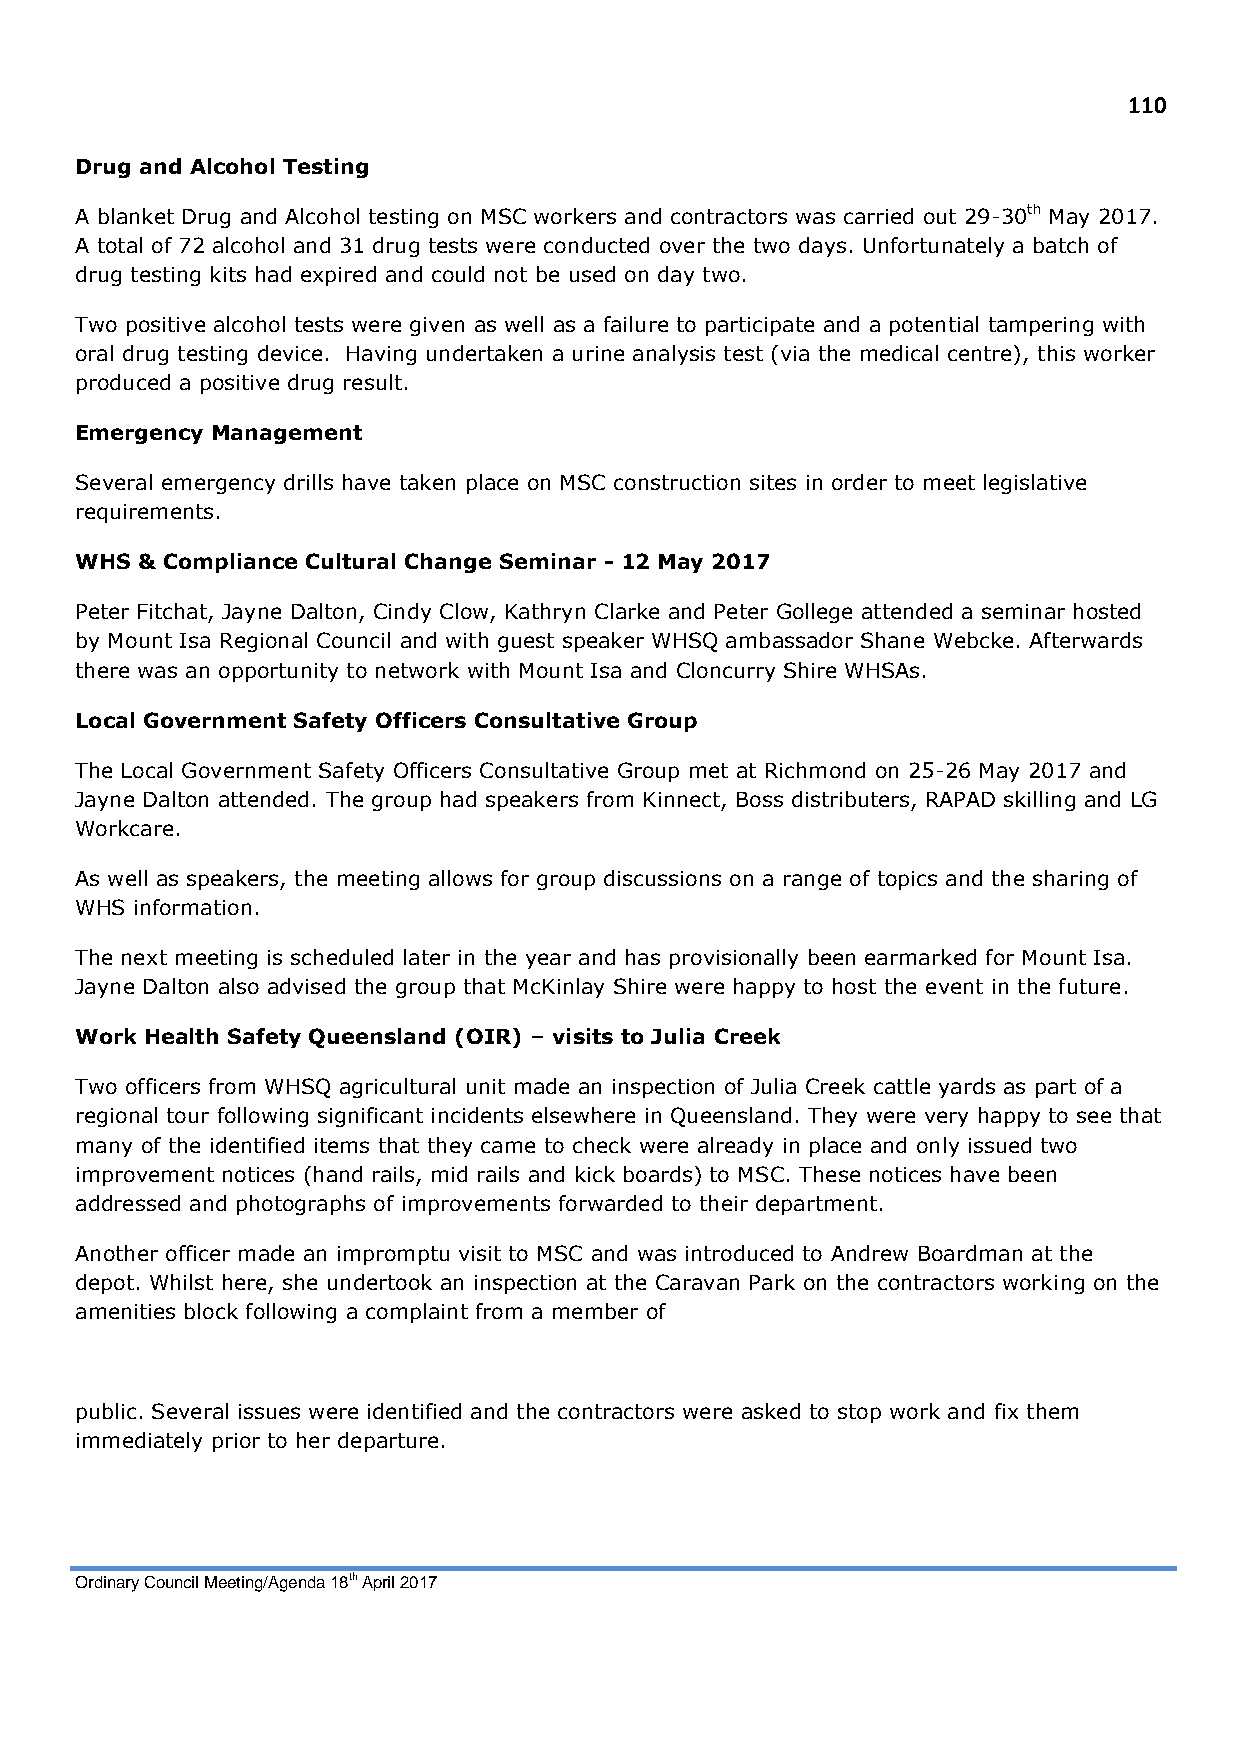
110
 Drug and Alcohol Testing
 A blanket Drug and Alcohol testing on MSC workers and contractors was carried out 29-30th May 2017.
 A total of 72 alcohol and 31 drug tests were conducted over the two days. Unfortunately a batch of
 drug testing kits had expired and could not be used on day two.
 Two positive alcohol tests were given as well as a failure to participate and a potential tampering with
 oral drug testing device. Having undertaken a urine analysis test (via the medical centre), this worker
 produced a positive drug result.
 Emergency Management
 Several emergency drills have taken place on MSC construction sites in order to meet legislative
 requirements.
 WHS & Compliance Cultural Change Seminar - 12 May 2017
 Peter Fitchat, Jayne Dalton, Cindy Clow, Kathryn Clarke and Peter Gollege attended a seminar hosted
 by Mount Isa Regional Council and with guest speaker WHSQ ambassador Shane Webcke. Afterwards
 there was an opportunity to network with Mount Isa and Cloncurry Shire WHSAs.
 Local Government Safety Officers Consultative Group
 The Local Government Safety Officers Consultative Group met at Richmond on 25-26 May 2017 and
 Jayne Dalton attended. The group had speakers from Kinnect, Boss distributers, RAPAD skilling and LG
 Workcare.
 As well as speakers, the meeting allows for group discussions on a range of topics and the sharing of
 WHS information.
 The next meeting is scheduled later in the year and has provisionally been earmarked for Mount Isa.
 Jayne Dalton also advised the group that McKinlay Shire were happy to host the event in the future.
 Work Health Safety Queensland (OIR) – visits to Julia Creek
 Two officers from WHSQ agricultural unit made an inspection of Julia Creek cattle yards as part of a
 regional tour following significant incidents elsewhere in Queensland. They were very happy to see that
 many of the identified items that they came to check were already in place and only issued two
 improvement notices (hand rails, mid rails and kick boards) to MSC. These notices have been
 addressed and photographs of improvements forwarded to their department.
 Another officer made an impromptu visit to MSC and was introduced to Andrew Boardman at the
 depot. Whilst here, she undertook an inspection at the Caravan Park on the contractors working on the
 amenities block following a complaint from a member of
 public. Several issues were identified and the contractors were asked to stop work and fix them
 immediately prior to her departure.
 Ordinary Council Meeting/Agenda 18th April 2017